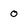
Character: o